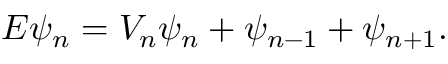
\begin{array} { r } { E { \psi _ { n } } = V _ { n } \psi _ { n } + \psi _ { n - 1 } + \psi _ { n + 1 } . } \end{array}